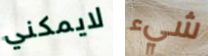
لايمكني شيء